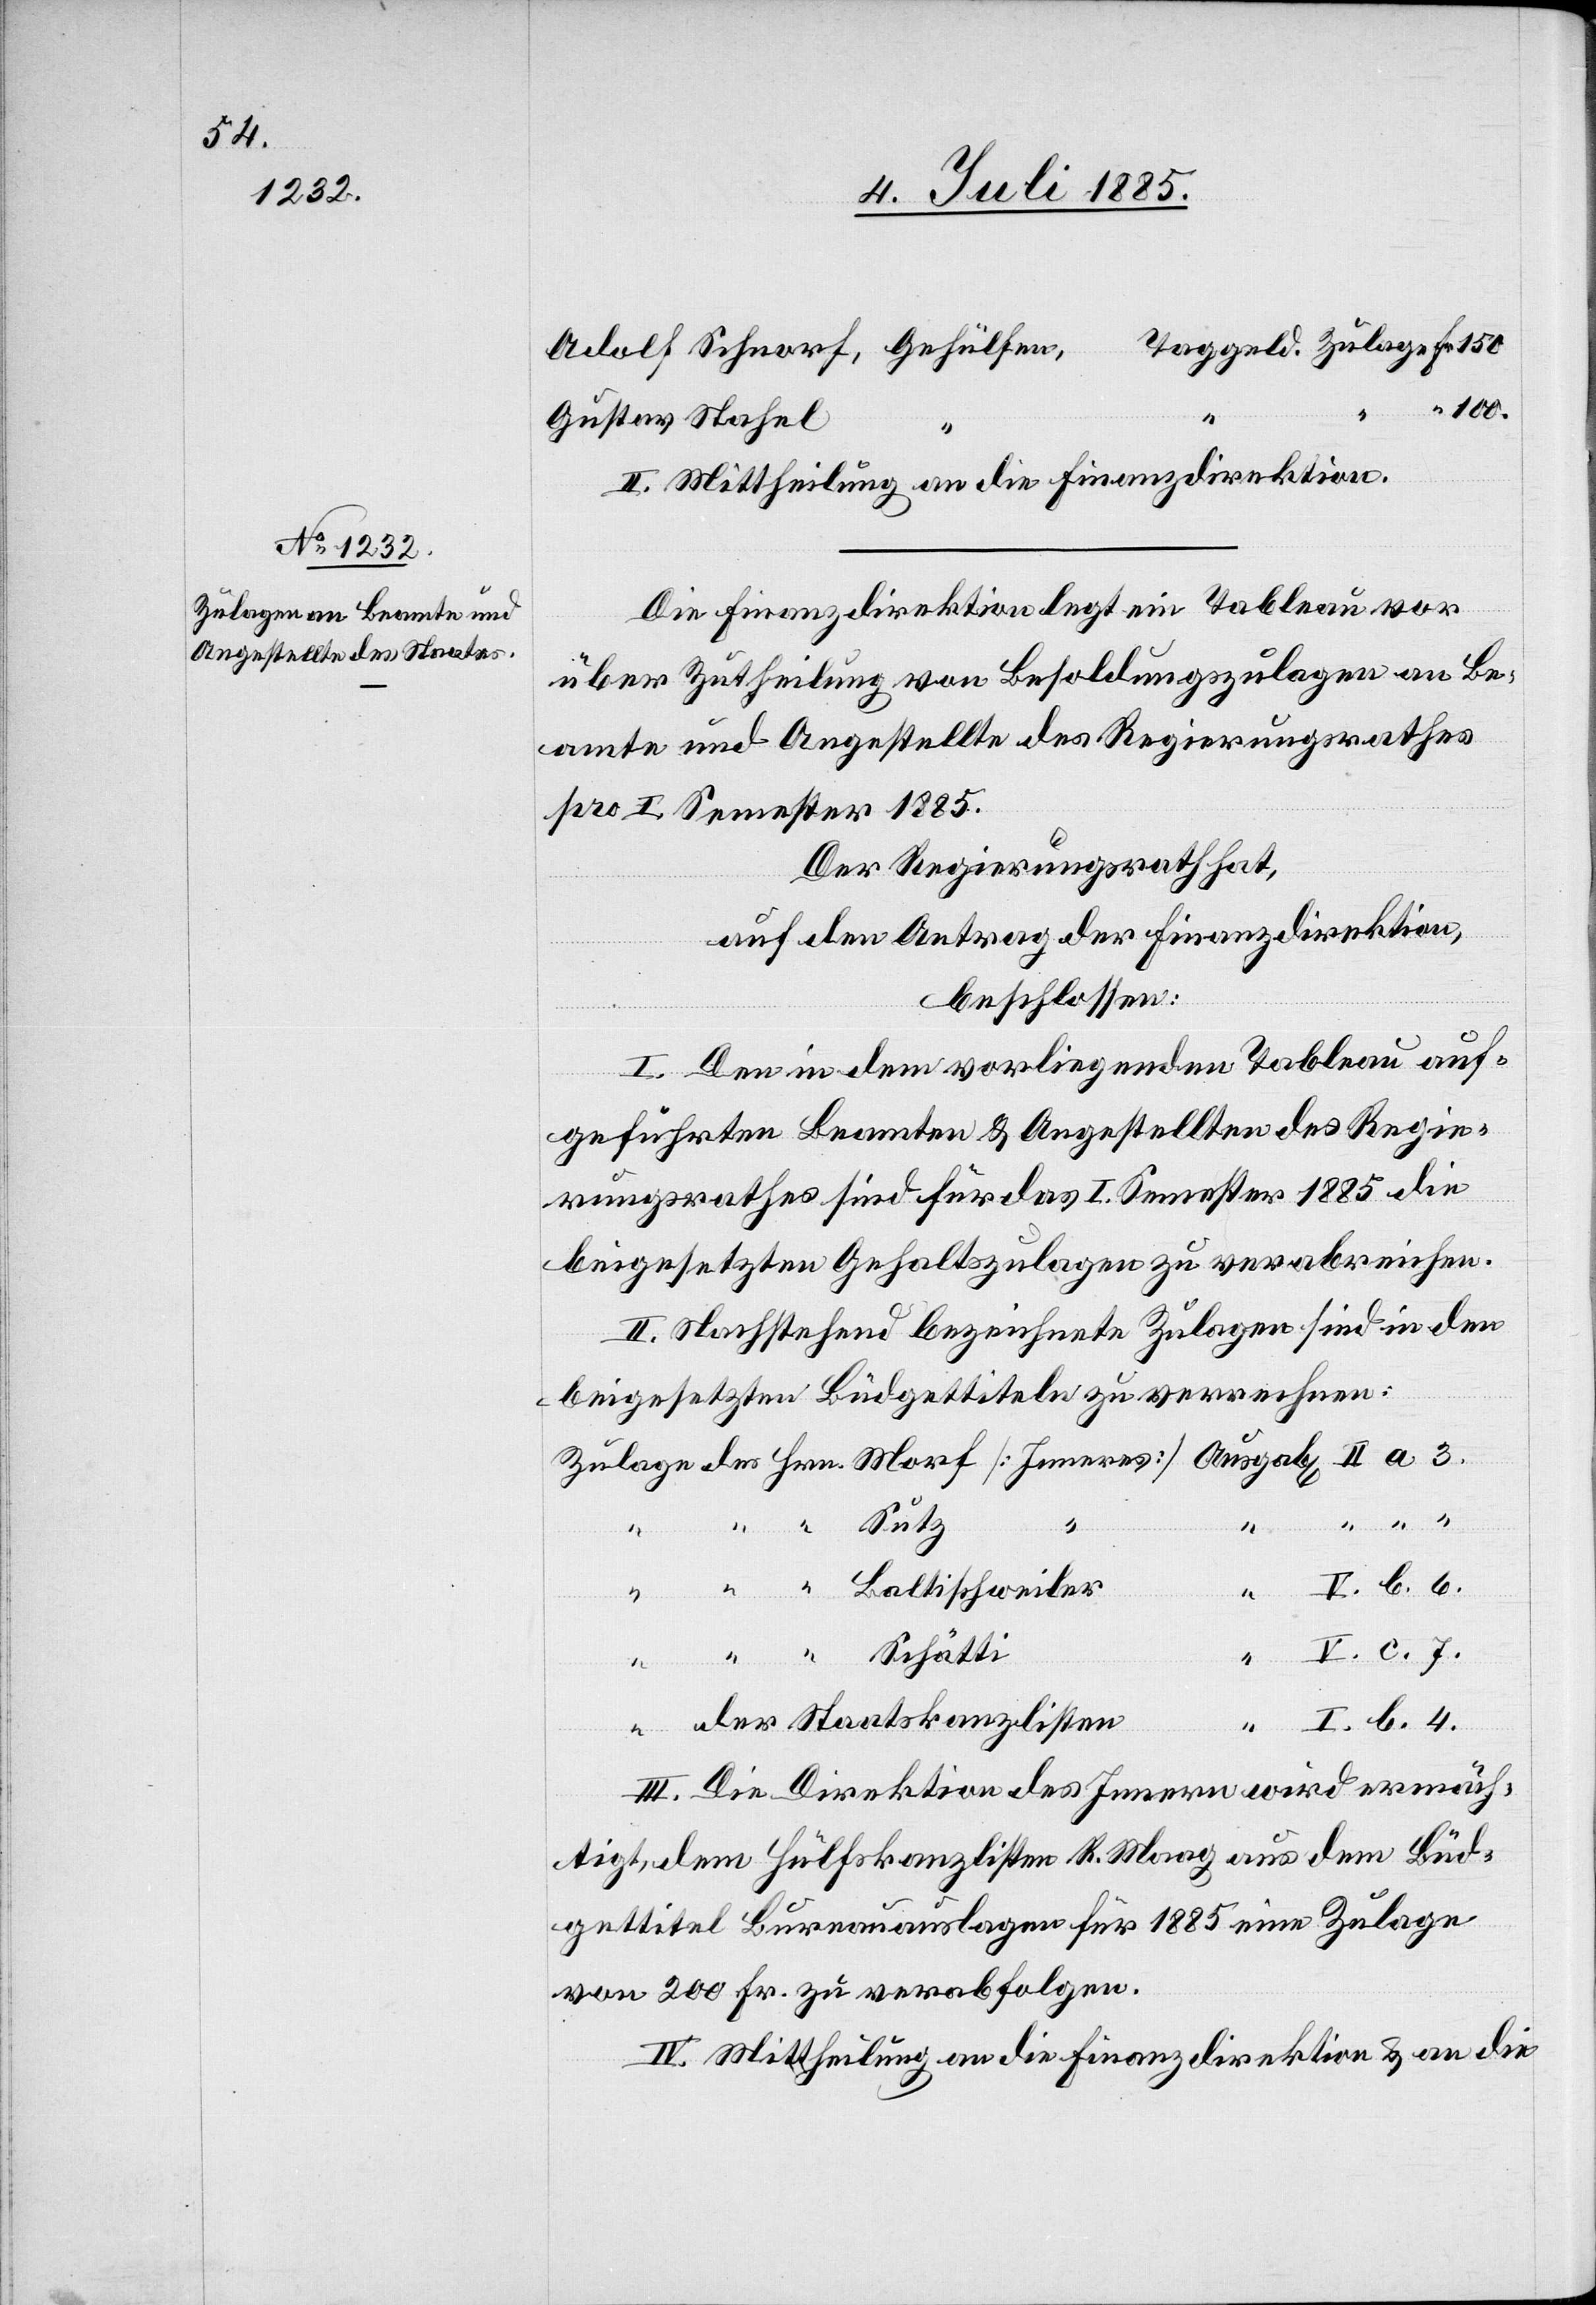
Fr.

100.
Gustav Stahel
II. Mittheilung an die Finanzdirektion.
Die Finanzdirektion legt ein Tableau vor
über Zutheilung von Besoldungszulagen an Be¬
amte und Angestellte des Regierungsrathes
pro I. Semester 1885.
Der Regierungsrath hat,
auf den Antrag der Finanzdirektion,
beschlossen:
I. Den in dem vorliegenden Tableau auf¬
geführten Beamten & Angestellten des Regie¬
rungsrathes sind für das I. Semester 1885 die
beigesetzten Gehaltszulagen zu verabreichen.
II. Nachstehend bezeichnete Zulagen sind in den
beigesetzten Büdgettiteln zu verrechnen:
II.
I.
Schätti
4.
“
Baltischweiler
der Staatskanzlisten
III. Die Direktion des Innern wird ermäch¬
tigt, dem Hülfskanzlisten R. Maag aus dem Büd¬
gettitel Bureauauslagen für 1885 eine Zulage
von 200 Fr. zu verabfolgen.
IV. Mittheilung an die Finanzdirektion & an die